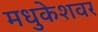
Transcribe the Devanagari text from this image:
मधुकेशवर